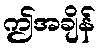
ဤအချိန်